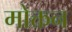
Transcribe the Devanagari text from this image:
मोक्तन